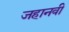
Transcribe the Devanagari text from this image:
जहानवी